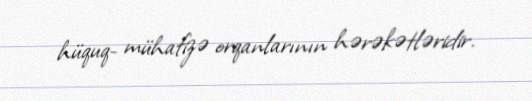
hüquq- mühafizə orqanlarının hərəkətləridir.